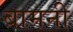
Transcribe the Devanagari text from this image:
बामनी